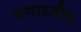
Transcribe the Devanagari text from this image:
वसाहतीय